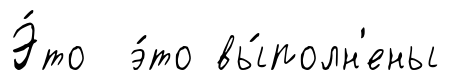
Э́то э́то вы́полн'ены